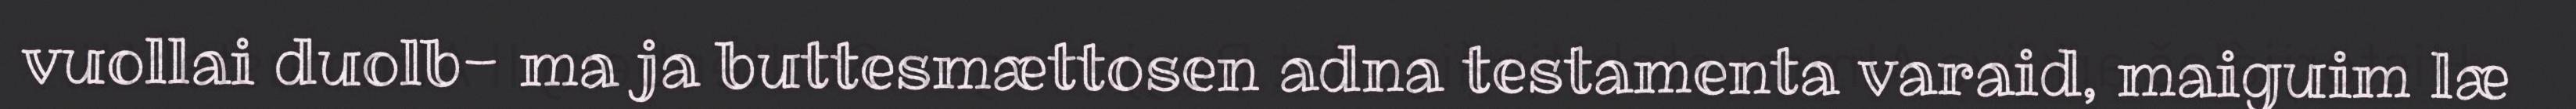
vuollai duolb- ma ja buttesmættosen adna testamenta varaid, maiguim læ